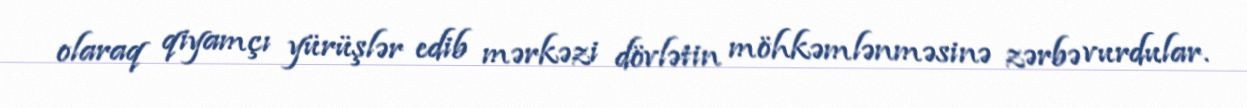
olaraq qiyamçı yürüşlər edib mərkəzi dövlətin möhkəmlənməsinə zərbə vurdular.